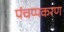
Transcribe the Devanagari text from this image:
पंचप्पकरण